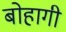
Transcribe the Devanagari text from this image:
बोहागी